Civil Veterinary Dept. Bombay admin report 1932-41 - 1932-1941
Year: 1932
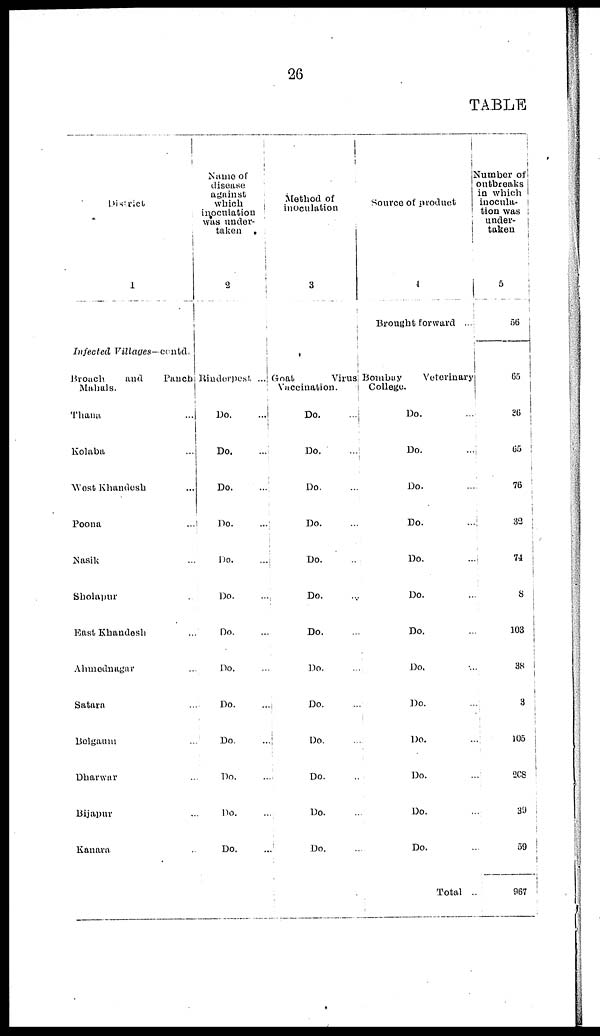
26
TABLE
District
1
Infected
Villages—contd.
Broach
and
Panch
Mahals.
Thana ...
Kolaba ...
West Khandesh ...
Poona ...
Nasik ...
Sholapur ...
East Khandesh ...
Ahmednagar ...
Satara ...
Belgaum ...
Dharwar ...
Bijapur ...
Kanara ...
Name of
disease
against
which
inoculation
was under-
taken
2
Rinderpest ...
Do.
...
Do.
...
Do. ...
Do.
...
Do.
...
Do.
...
Do. ...
Do. ...
Do.
...
Do.
...
Do.
...
Do. ...
Do.
...
Method of
inoculation
3
Goat
Virus
Vaccination.
Do.
...
Do.
...
Do. ...
Do. ...
Do. ...
Do. ...
Do. ...
Do. ...
Do. ...
Do. ...
Do. ...
Do. ...
Do.
...
Source of product
4
Brought forward ...
Bombay
Veterinary
College.
Do. ...
Do.
...
Do. ...
Do.
...
Do.
...
Do. ...
Do. ...
Do. ...
Do. ...
Do.
...
Do. ...
Do. ...
Do. ...
Total ..
Number of
outbreaks
in which
inocula-
tion was
under-
taken
5
56
65
36
65
76
32
74
8
103
38
3
105
208
39
59
967